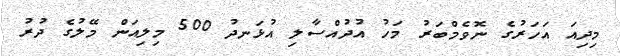
މިދިއަ އަހަރުގެ ނޮވެމްބަރު މަހު އުދުއްސާލި އުޅަނދު 500 މިލިއަން މޭލުގެ ދުރު